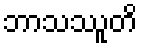
ဘာသဿူတိ